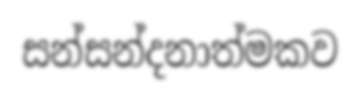
සන්සන්දනාත්මකව